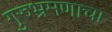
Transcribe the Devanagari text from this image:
गुरुभ्रमणाचा